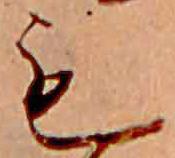
も